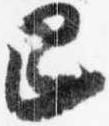
已